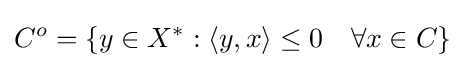
C^{o}=\left\{y\in X^{*}:\langle y,x\rangle \leq 0\quad \forall x\in C\right\}